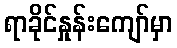
ရာခိုင်နှုန်းကျော်မှာ